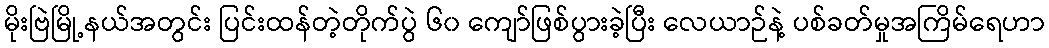
မိုးဗြဲမြို့နယ်အတွင်း ပြင်းထန်တဲ့တိုက်ပွဲ ၆၀ ကျော်ဖြစ်ပွားခဲ့ပြီး လေယာဉ်နဲ့ ပစ်ခတ်မှုအကြိမ်ရေဟာ